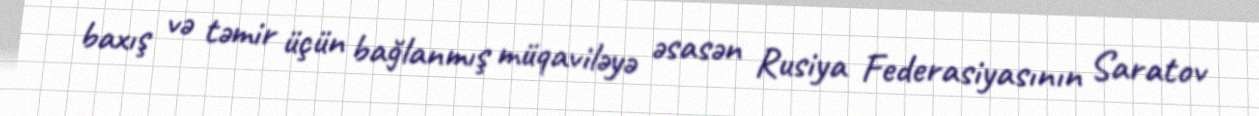
baxış və təmir üçün bağlanmış müqaviləyə əsasən Rusiya Federasiyasının Saratov